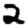
Digit: 2